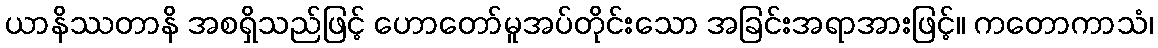
ယာနိဿတာနိ အစရှိသည်ဖြင့် ဟောတော်မူအပ်တိုင်းသော အခြင်းအရာအားဖြင့်။ ကတောကာသံ၊